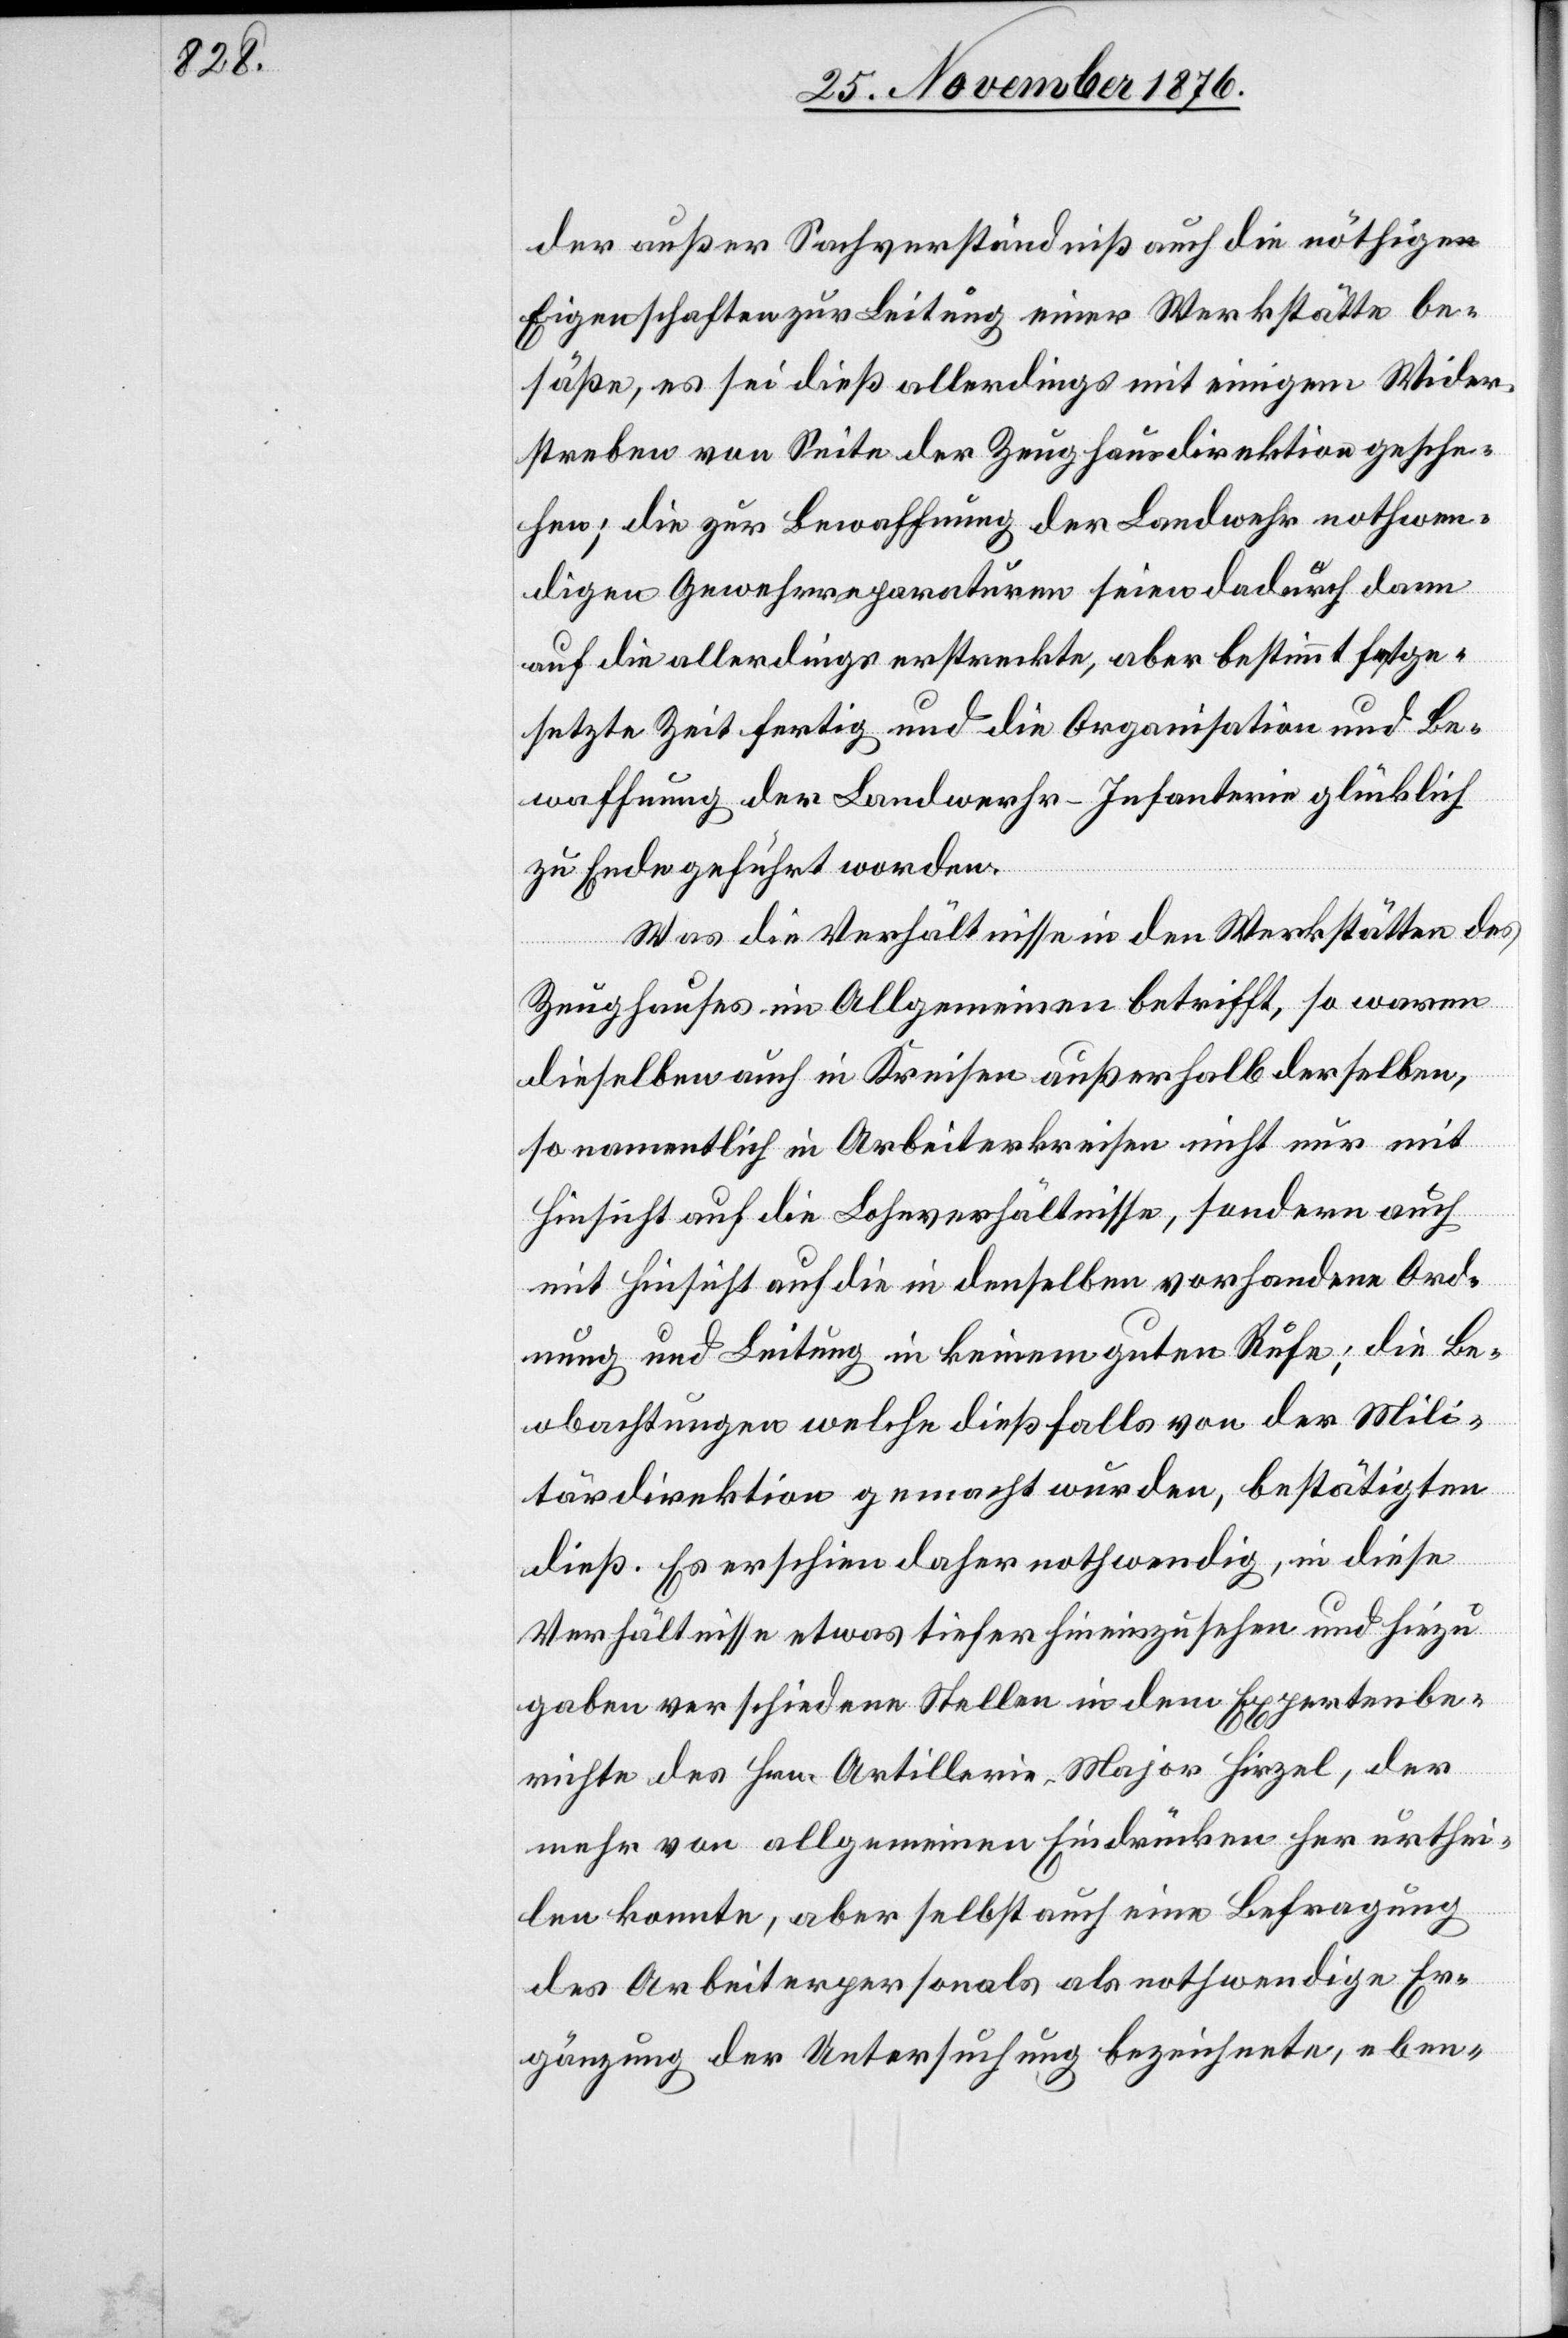
der außer Sachverständniß auch die nöthigen
Eigenschaften zur Leitung einer Werkstätte be¬
säße, es sei dieß allerdings mit einigem Wider¬
streben von Seite der Zeughausdirektion gesche¬
hen; die zur Bewaffnung der Landwehr nothwen¬
digen Gewehrreparaturen seien dadurch dann
auf die allerdings erstreckte, aber bestimmt festge¬
setzte Zeit fertig und die Organisation und Be¬
waffnung der Landwehr-Infanterie glücklich
zu Ende geführt worden.
Was die Verhältnisse in den Werkstätten des
Zeughauses im Allgemeinen betrifft, so waren
dieselben auch in Kreisen außerhalb derselben,
so namentlich in Arbeiterkreisen nicht nur mit
Hinsicht auf die Lohnverhältnisse, sondern auch
mit Hinsicht auf die in denselben vorhandene Ord¬
nung und Leitung in keinem guten Rufe; die Be¬
obachtungen welche dießfalls von der Mili¬
tärdirektion gemacht wurde, bestätigten
dieß. Es erschien daher nothwendig, in diese
Verhältnisse etwas tiefer hineinzusehen und hiezu
gaben verschiedene Stellen in dem Expertenbe¬
richte des Hrn. Artillerie-Major Hirzel, der
mehr von allgemeinen Eindrücken her urthei¬
len konnte, aber selbst auch eine Befragung
des Arbeiterpersonals als nothwendige Er¬
gänzung der Untersuchung bezeichnete, eben-